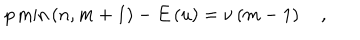
LaTeX: p \min \left( n , m + 1 \right) - E \left( u \right) = \nu \left( m - 1 \right) \quad ,